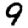
Digit: 9